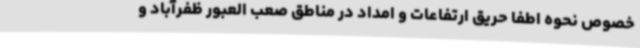
خصوص نحوه اطفا حریق ارتفاعات و امداد در مناطق صعب العبور ظفرآباد و